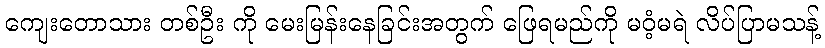
ကျေးတောသား တစ်ဦး ကို မေးမြန်းနေခြင်းအတွက် ဖြေရမည်ကို မဝံ့မရဲ လိပ်ပြာမသန့်